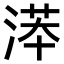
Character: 𣸽